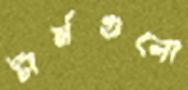
টার্মগুলো